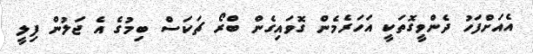
އެއަށްފަހު ދެންވީގޮތަކީ އަހަރެމެން ގޮވައިގެން ބްރޯ ޗަކަސް ބިމުގެ އެ ޖަލުން ފިލީ